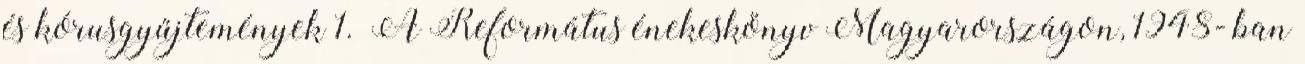
és kórusgyűjtemények 1. A Református énekeskönyv Magyarországon, 1948- ban